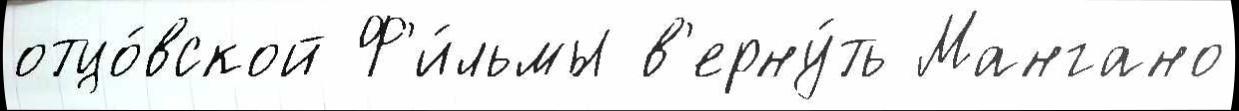
отцо́вской Ф'и́льмы в'ерну́ть Мангано